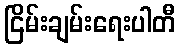
ငြိမ်းချမ်းရေးပါတီ